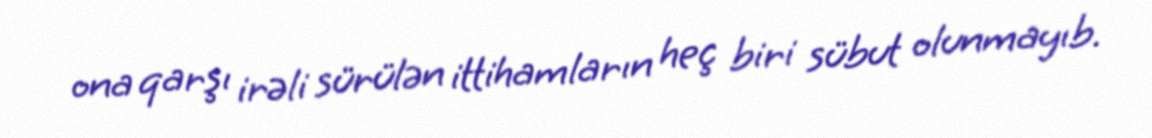
ona qarşı irəli sürülən ittihamların heç biri sübut olunmayıb.